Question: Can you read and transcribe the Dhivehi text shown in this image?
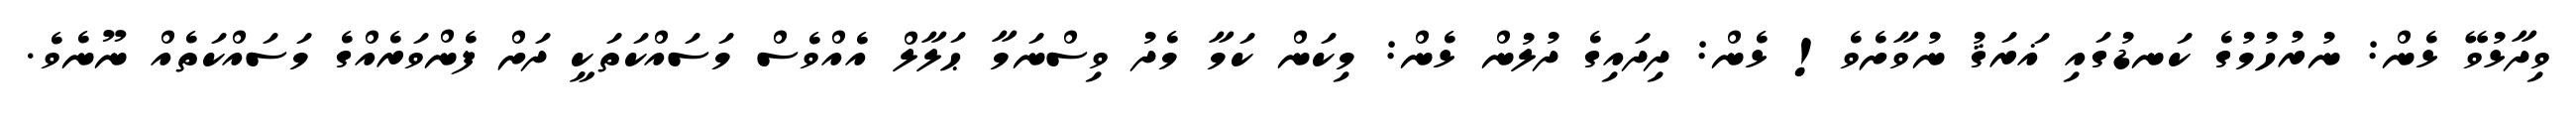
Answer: ވިދާޅުވޭ ޅެން: ނުރުހުމުގެ ކަނޑުގައި ޣަރަޤު ނުވާށެވެ! ޅެން: ދިދައިގެ ދުލުން ޅެން: މިކަން ކަމާ މެދު ވިސްނަމާ ޙަލާލް އެއްވެސް މަސައްކަތަކީ ދަށް ފެންވަރެއްގެ މަސައްކަތެއް ނޫނެވެ.